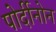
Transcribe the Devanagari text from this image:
पोर्दीनोन